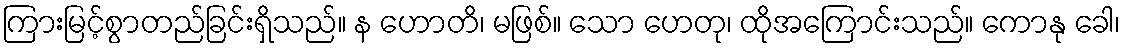
ကြားမြင့်စွာတည်ခြင်းရှိသည်။ န ဟောတိ၊ မဖြစ်။ သော ဟေတု၊ ထိုအကြောင်းသည်။ ကောနု ခေါ၊